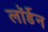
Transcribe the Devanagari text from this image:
लॉर्डेन